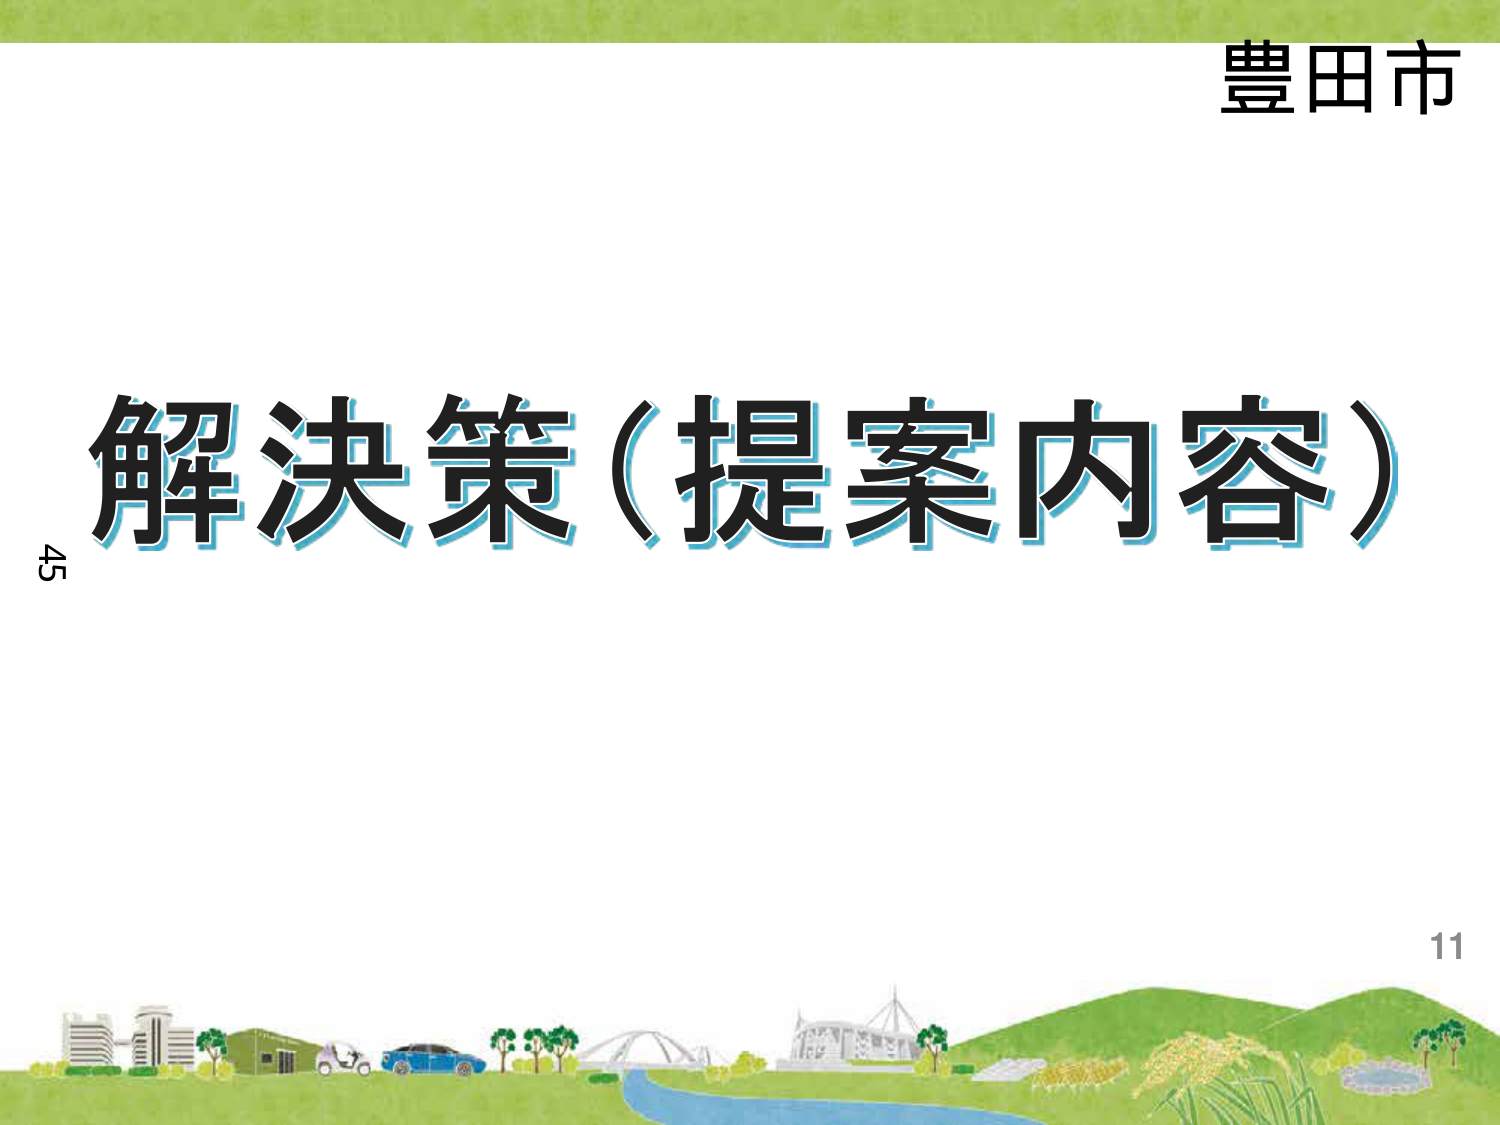
豊田市
解決策（提案内容）
45
11